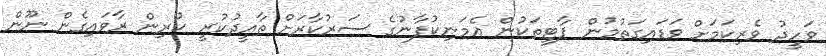
ވަހީދު ވެރިކަމަށް ވަޑައިގަތުމުން ޕާޓީތަކުން އެމަނިކުފާނުގެ ސަރުކާރަށް ތާއީދުކުރީ ކުރިން ރާވައިގެން ނޫން